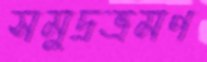
সমুদ্রভ্রমণ